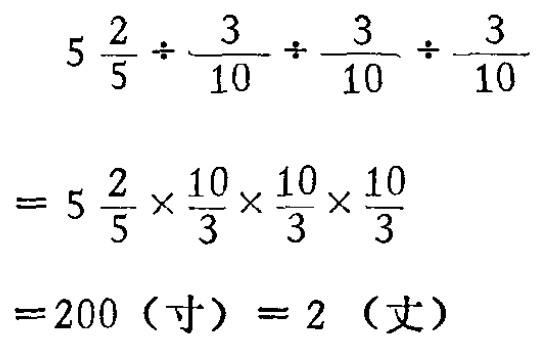
\[

\begin{align*}

5\frac{2}{5}\div\frac{3}{10}\div\frac{3}{10}\div\frac{3}{10}&=5\frac{2}{5}\times\frac{10}{3}\times\frac{10}{3}\times\frac{10}{3}\\

&= 200\ (\text{寸}) = 2\ (\text{丈})

\end{align*}

\]